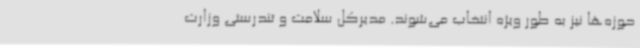
حوزه‌ها نیز به طور ویژه انتخاب می‌شوند. مدیرکل سلامت و تندرستی وزارت